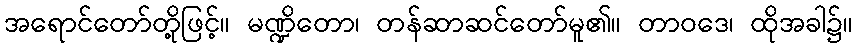
အရောင်တော်တို့ဖြင့်။ မဏ္ဍိတော၊ တန်ဆာဆင်တော်မူ၏။ တာဝဒေ၊ ထိုအခါ၌။